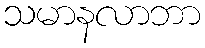
သမာနလာဘာ